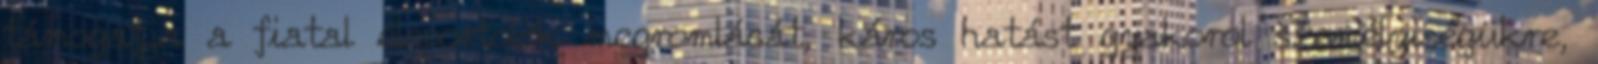
támogatja a fiatal élsportolók megromlását, káros hatást gyakorol személyiségükre,